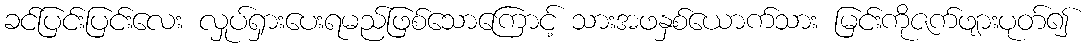
ခင်ပြင်းပြင်းလေး လှုပ်ရှားပေးရမည်ဖြစ်သောကြောင့် သားအဖနှစ်ယောက်သား မြင်းကိုဇက်ဖျားပုတ်၍